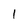
Character: 1